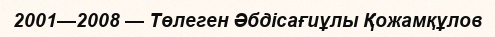
2001—2008 — Төлеген Әбдісағиұлы Қожамқұлов